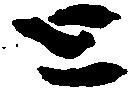
と